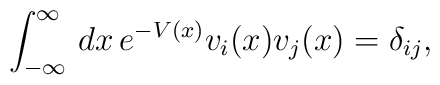
\int_{-\infty}^{\infty}\,dx\,e^{-V\left( x\right)}v_i(x)v_j(x)=\delta_{ij},